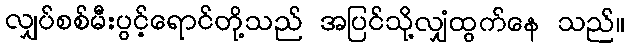
လျှပ်စစ်မီးပွင့်ရောင်တို့သည် အပြင်သို့လျှံထွက်နေ သည်။